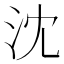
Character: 沈